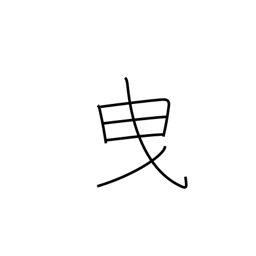
Meaning: admit